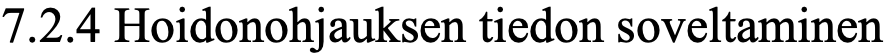
7.2.4 Hoidonohjauksen tiedon soveltaminen